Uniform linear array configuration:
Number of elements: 4
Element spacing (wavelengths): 1
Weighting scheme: blackman
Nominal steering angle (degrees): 0
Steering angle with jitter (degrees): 1.244
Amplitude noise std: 0.05
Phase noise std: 0.05

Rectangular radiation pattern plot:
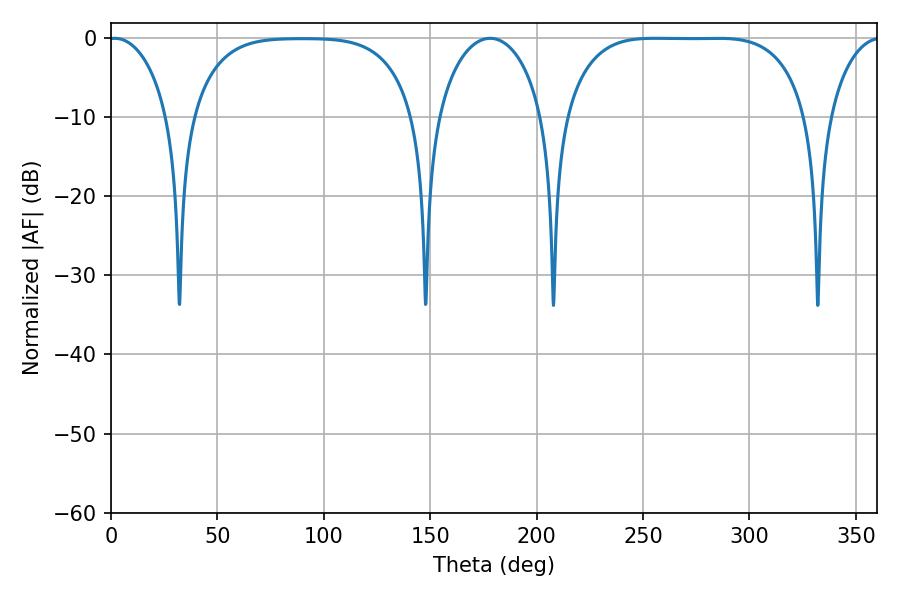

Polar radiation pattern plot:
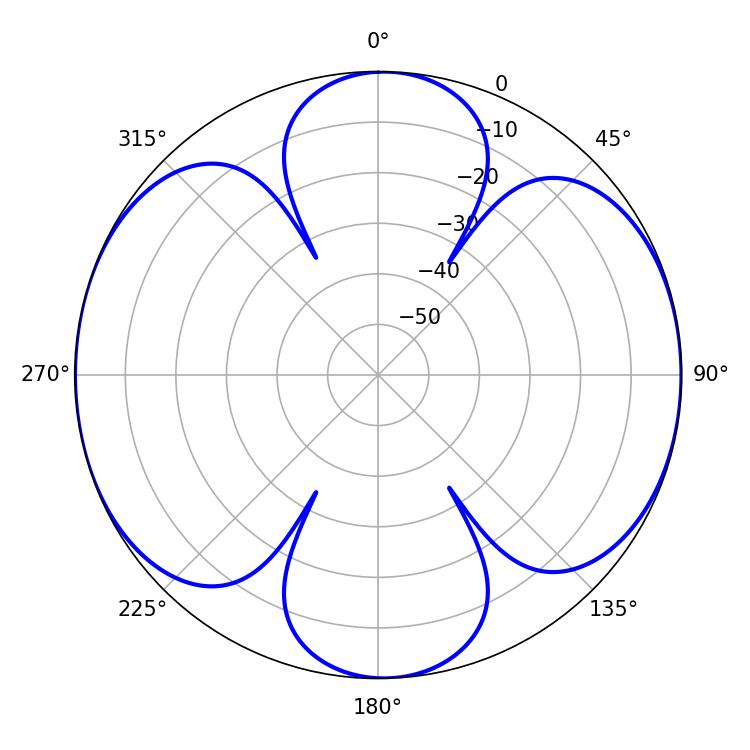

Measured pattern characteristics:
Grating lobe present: TRUE
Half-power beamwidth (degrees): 88.2
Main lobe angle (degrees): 255.42